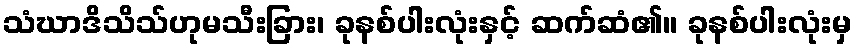
သံဃာဒိသိသ်ဟုမသီးခြား၊ ခုနစ်ပါးလုံးနှင့် ဆက်ဆံ၏။ ခုနစ်ပါးလုံးမှ